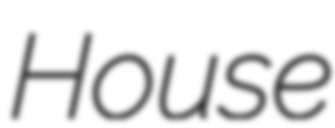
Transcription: House